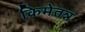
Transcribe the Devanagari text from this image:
किमेतन्न